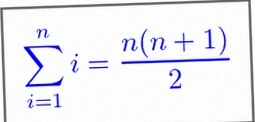
\sum_{i=1}^{n}i=\frac{n(n+1)}2